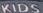
KIDS